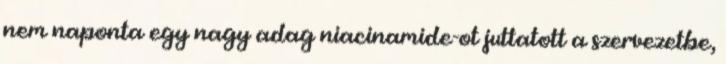
nem naponta egy nagy adag niacinamide-ot juttatott a szervezetbe,